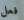
فعل